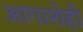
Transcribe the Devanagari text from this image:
आगाशेही